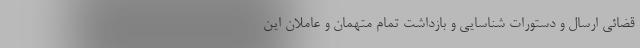
قضائی ارسال و دستورات شناسایی و بازداشت تمام متهمان و عاملان این